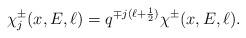
LaTeX: \begin{align*}\chi^{\pm}_j (x,E,\ell) =q^{\mp j(\ell+\frac{1}{2})} \chi^{\pm}(x, E, \ell).\end{align*}